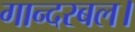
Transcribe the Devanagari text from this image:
गान्दरबल।